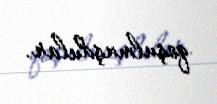
qoşulmuşdular.